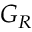
G _ { R }